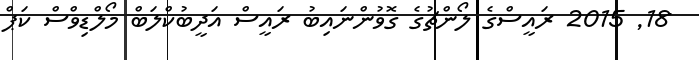
18